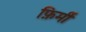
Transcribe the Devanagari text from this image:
फ़िर्मी